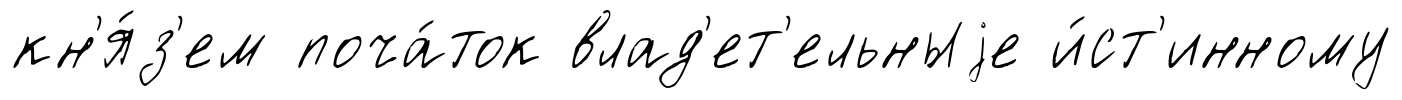
кн'я́з'ем поча́ток влад'ет'ельныjе и́ст'инному